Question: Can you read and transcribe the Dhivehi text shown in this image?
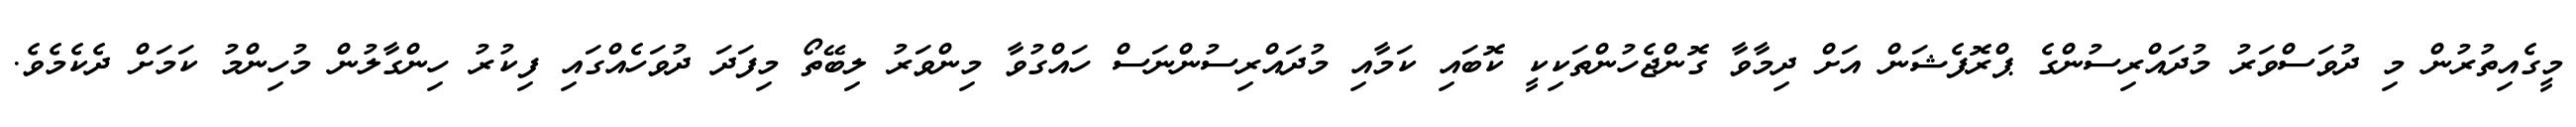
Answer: މީގެއިތުރުން މި ދުވަސްވަރު މުދައްރިސުންގެ ޕްރޮފެޝަން އަށް ދިމާވާ ގޮންޖެހުންތަކިކީ ކޮބައި ކަމާއި މުދައްރިސުންނަސް ހައްގުވާ މިންވަރު ލިބޭތޯ މިފަދަ ދުވަހެއްގައި ފިކުރު ހިންގާލުން މުހިންމު ކަމަށް ދެކެމެވެ.